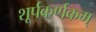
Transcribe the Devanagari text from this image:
शूर्पकर्णकम्